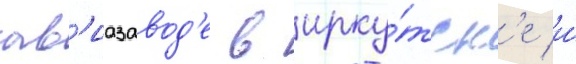
ав'иазавод'е в ирку́тск'е и́